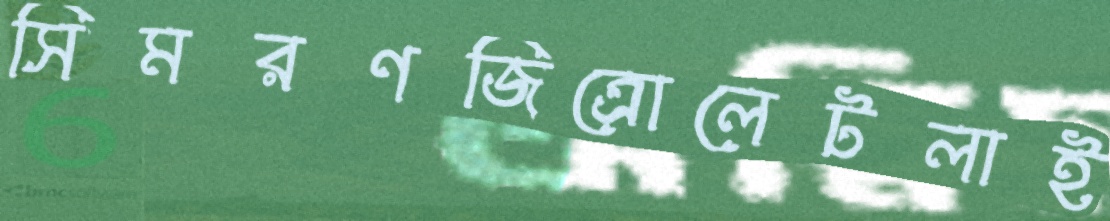
সিমরণজিত্রোলেটলাই